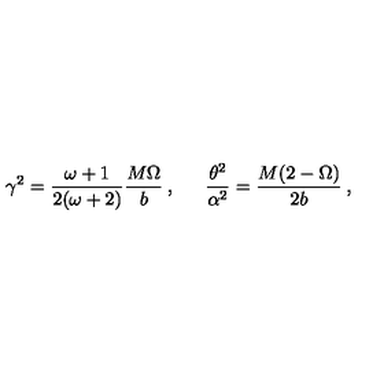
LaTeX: \gamma ^ { 2 } = \frac { \omega + 1 } { 2 ( \omega + 2 ) } \frac { M \Omega } { b } \: , \: \: \: \: \: \: \: \frac { \theta ^ { 2 } } { \alpha ^ { 2 } } = \frac { M ( 2 - \Omega ) } { 2 b } \: ,